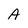
Character: A